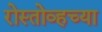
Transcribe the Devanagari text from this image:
रोस्तोव्हच्या